Medical and sanitary report of the native army of Madras for the year
Year: 1872
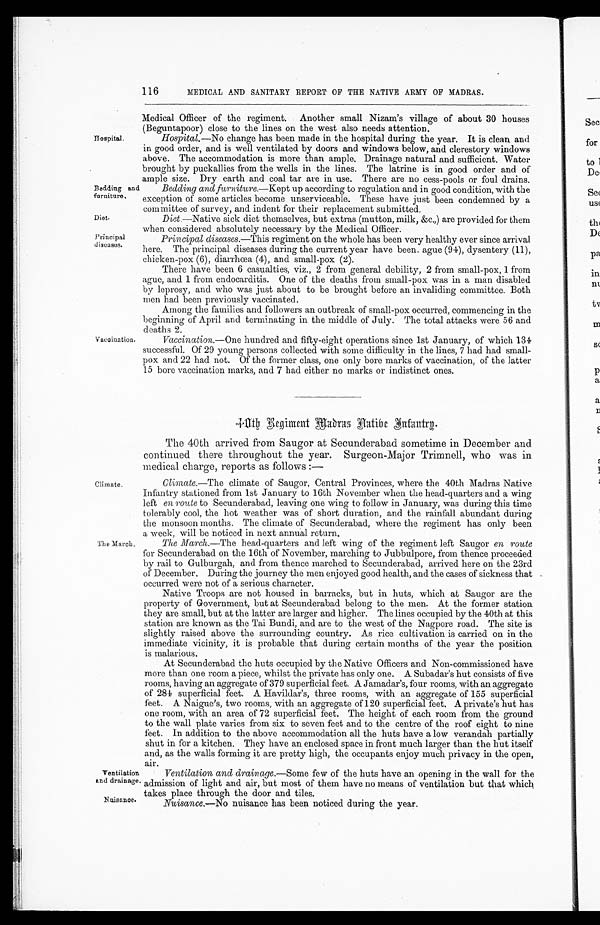
Bedding and
furniture.
Diet.
Principal
diseases.
Ventilation
and drainage
Nuisance.
116
MEDICAL AND SANITARY REPORT OF THE NATIVE ARMY OF MADRAS.
Hospital.
Medical Officer of the regiment. Another small Nizam's village of about 30 houses
(Beguntapoor) close to the lines on the west also needs attention.
Hospital.—No change has been made in the hospital during the year. It is clean, and
in good order, and is well ventilated by doors and windows below, and clerestory windows
above. The accommodation is more than ample, Drainage natural and sufficient, Water
brought by puckallies from the wells in the lines. The latrine is in good order and of
ample size. Dry earth and coal tar are in use. There are no cess-pools or foul drains.
Vaccination.
Bedding and furniture .—Kept up according to regulation and in good condition, with the
exception of some articles become unserviceable. These have just been condemned by a
committee of survey, and indent for their replacement submitted.
Diet.—Native sick diet themselves, but extras (mutton, milk, &c.,) are provided for them
when considered absolutely necessary by the Medical Officer.
Principal diseases .—This regiment on the whole has been very healthy ever since arrival
here. The principal diseases during the current year have been. ague (94), dysentery (11),
chicken-pox (6), diarrhœa (4), and small-pox (2).
There have been 6 casualties, viz., 2 from general debility, 2 from small-pox, 1 from
ague, and 1 from endocarditis. One of the deaths from small-pox was in a man disabled
by leprosy, and who was just about to be brought before an invaliding committee. Both
men had been previously vaccinated.
Among the families and followers an outbreak of small-pox occurred, commencing in the
beginning of April and terminating in the middle of July. The total attacks were 56 and
deaths 2.
Vaccination .—One hundred and fifty-eight operations since 1st January, of which 134
successful. Of 29 young persons collected with some difficulty in the lines, 7 had had small
-
pox and 22 had not. Of the former class, one only bore marks of vaccination, of the latter
15 bore vaccination marks, and 7 had either no marks or indistinct ones.
Climate.
The March.
4 0 t h B e g i m e n t M a d r a s A a t i b e I n f a n t r y .
The 40th arrived from Saugor at Secunderabad sometime in December and
continued there throughout the year. Surgeon-Major Trimnell, who was in
medical charge, reports as follows :—
Climate .—The climate of Saugor, Central Provinces, where the 40th Madras Native
Infantry stationed from 1st January to 16th November when the head-quarters and a wing
left en route to Secunderabad, leaving one wing to follow in January, was during this time
tolerably cool, the hot weather was of short duration, and the rainfall abundant during
the monsoon months. The climate of Secunderabad, where the regiment has only been
a week, will be noticed in next annual return.
The March .—The head-quarters and left wing of the regiment left Saugor en route
for Secunderabad on the 16th of November, marching to Jubbulpore, from thence proceeded
by rail to Gulburgah, and from thence marched to Secunderabad, arrived here on the 23rd
of December. During the journey the men enjoyed good health, and the cases of sickness that
occurred were not of a serious character.
Native Troops are not housed in barracks, but in huts, which at Saugor are the
property of Government, but at Secunderabad belong to the men. At the former station
they are small, but at the latter are larger and higher. The lines occupied by the 40th at this
station are known as the Tai Bundi, and are to the west of the Nagpore road. The site is
slightly raised above the surrounding country. As rice cultivation is carried on in the
immediate vicinity, it is probable that during certain months of the year the position
is malarious.
At Secunderabad the huts occupied by the Native Officers and Non-commissioned have
more than one room a piece, whilst the private has only one. A Subadar's hut consists of five
rooms, having an aggregate of 379 superficial feet. A Jamadar's, four rooms, with an aggregate
of 284 superficial feet. A Havildar's, three rooms, with an aggregate of 155 superficial
feet. A Naigue's, two rooms, with an aggregate of 120 superficial feet. A private's hut has
one room, with an area of 72 superficial feet. The height of each room from the ground
to the wall plate varies from six to seven feet and to the centre of the roof eight to nine
feet. In addition to the above accommodation all the huts have a low verandah partially
shut in for a kitchen. They have an enclosed space in front much larger than the hut itself
and, as the walls forming it are pretty high, the occupants enjoy much privacy in the open,
air.
Ventilation and drainage .—Some few of the huts have an opening in the wall for the
admission of light and air, but most of them have no means of ventilation but that which
takes place through the door and tiles.
Nuisance.—No nuisance has been noticed during the year.